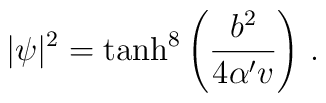
\vert\psi\vert^2=\tanh^8 \left( \frac{b^2}{4\alpha' v} \right)\,.